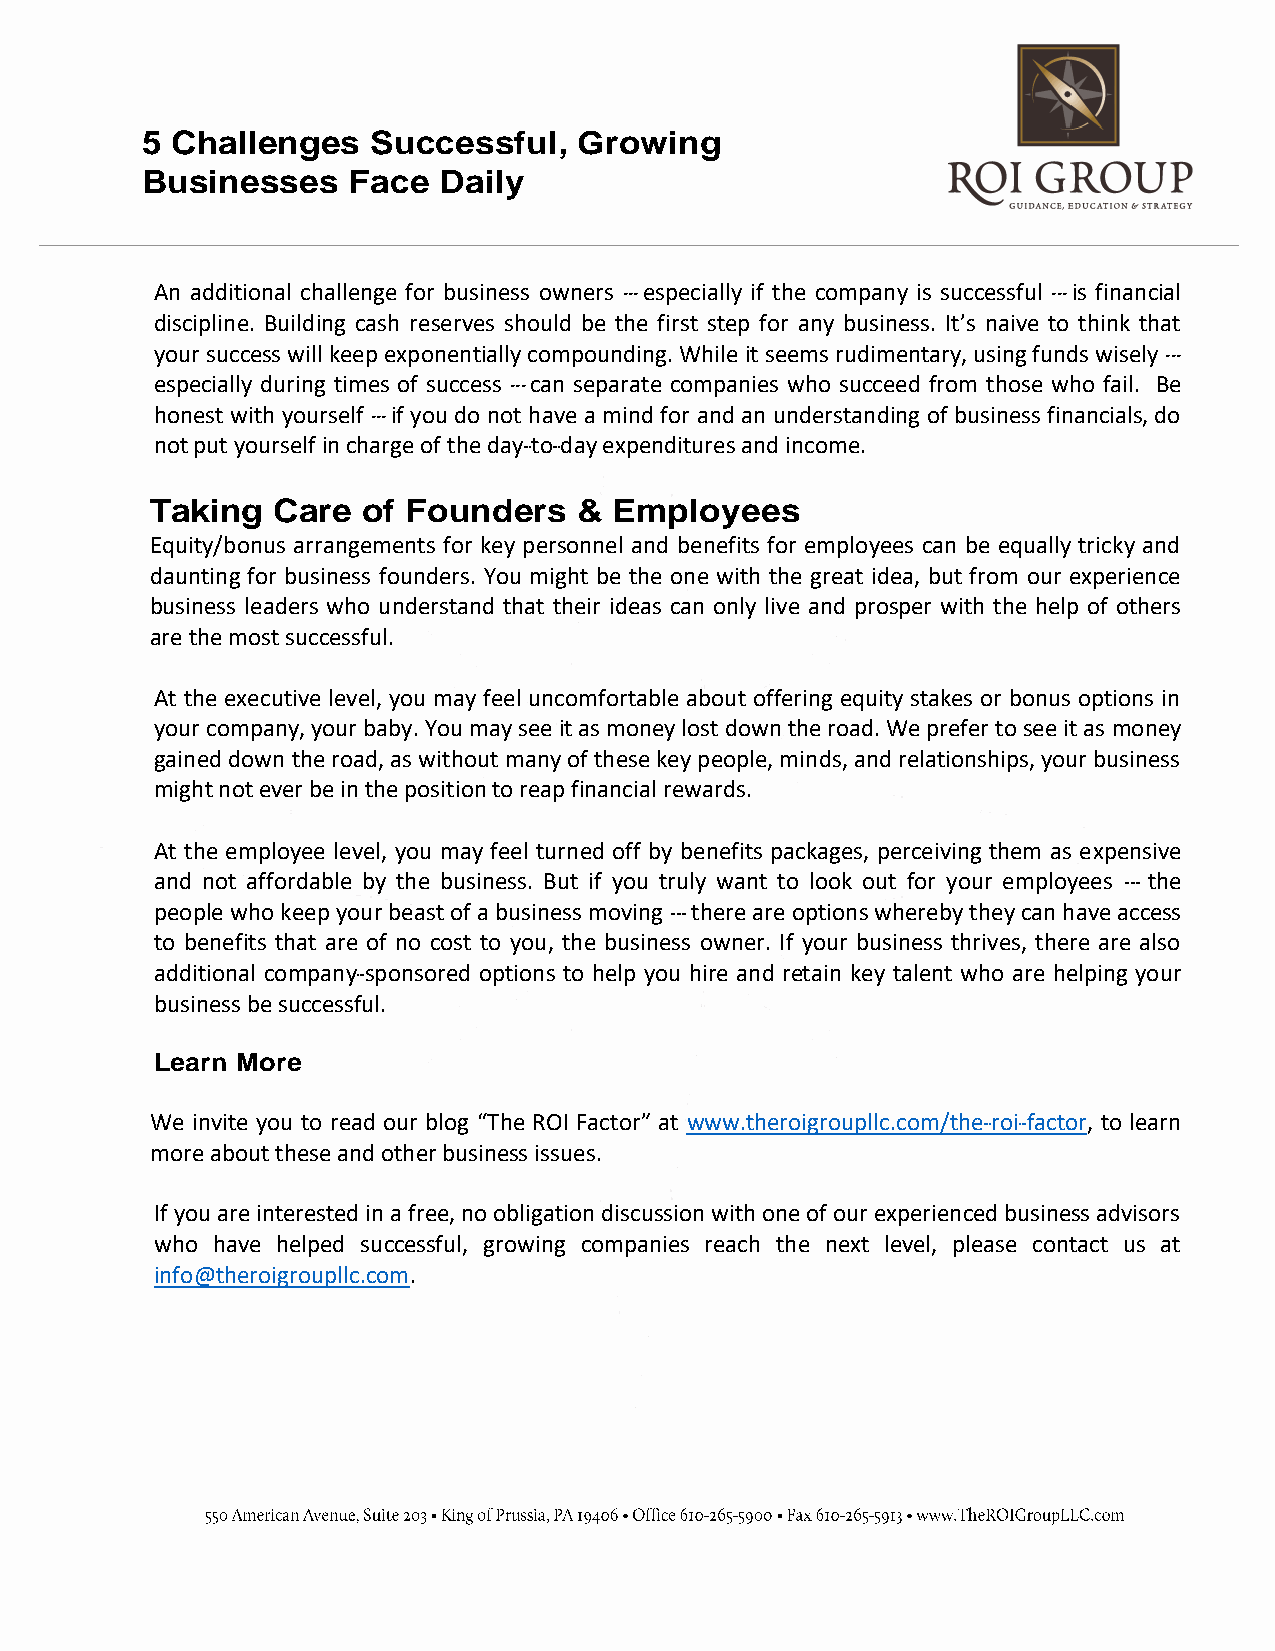
5 Challenges    Successful,  Growing
 Businesses    Face  Daily
 An additional challenge for business owners -­­ especially if the company is successful -­­ is financial
 discipline. Building cash reserves should be the first step for any business. It’s naive to think that
 your success will keep exponentially compounding. While it seems rudimentary, using funds wisely -­­
 especially during times of success -­­ can separate companies who succeed from those who fail. Be
 honest with yourself -­­ if you do not have a mind for and an understanding of business financials, do
 not put yourself in charge of the day-­­to-­­day expenditures and income.
 Taking  Care  of Founders   &  Employees
 Equity/bonus arrangements for key personnel and benefits for employees can be equally tricky and
 daunting for business founders. You might be the one with the great idea, but from our experience
 business leaders who understand that their ideas can only live and prosper with the help of others
 are the most successful.
 At the executive level, you may feel uncomfortable about offering equity stakes or bonus options in
 your company, your baby. You may see it as money lost down the road. We prefer to see it as money
 gained down the road, as without many of these key people, minds, and relationships, your business
 might not ever be in the position to reap financial rewards.
 At the employee level, you may feel turned off by benefits packages, perceiving them as expensive
 and not affordable by the business. But if you truly want to look out for your employees -­­ the
 people who keep your beast of a business moving -­­ there are options whereby they can have access
 to benefits that are of no cost to you, the business owner. If your business thrives, there are also
 additional company-­­sponsored options to help you hire and retain key talent who are helping your
 business be successful.
 Learn More
 We invite you to read our blog “The ROI Factor” at www.theroigroupllc.com/the-­­roi-­­factor, to learn
 more about these and other business issues.
 If you are interested in a free, no obligation discussion with one of our experienced business advisors
 who have helped successful, growing companies reach the next level, please contact us at
 info@theroigroupllc.com.